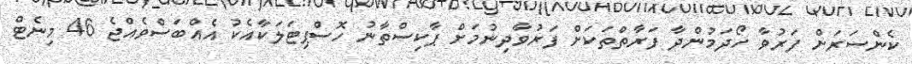
ކެންސަރަށް ފަރުވާ ހޯދަމުންދާ ފަރާތްތަކަށް ފަރުވާދިނުމަށް ޕާކިސްތާނު ހޮސްޕިޓަލަކާއެކު އެއްބަސްވެއްޖެ 46 މިނެޓް